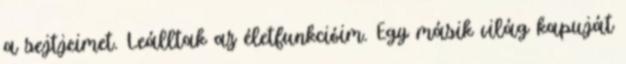
a sejtjeimet. Leálltak az életfunkcióim. Egy másik világ kapuját